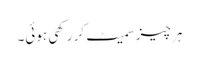
ہر چیز سمیٹ کر رکھی ہوئی۔